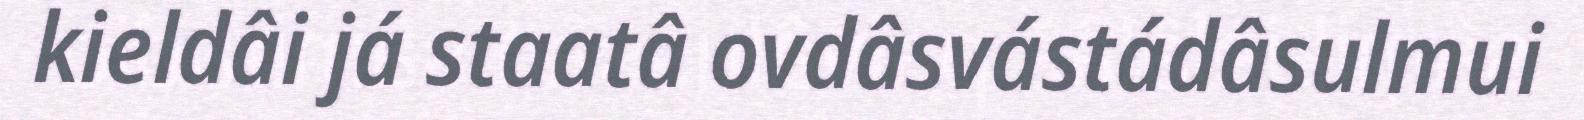
kieldâi já staatâ ovdâsvástádâsulmui